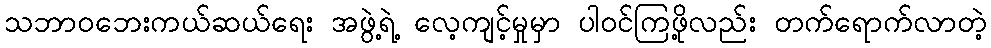
သဘာဝဘေးကယ်ဆယ်ရေး အဖွဲ့ရဲ့ လေ့ကျင့်မှုမှာ ပါဝင်ကြဖို့လည်း တက်ရောက်လာတဲ့